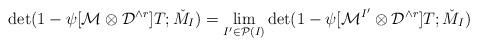
LaTeX: \begin{align*}\det(1-\psi[{\cal M}\otimes{\cal D}^{\wedge r}] T;\check{M}_I)=\lim_{I'\in{\cal P}(I)}\det(1-\psi[{\cal M}^{I'}\otimes{\cal D}^{\wedge r}] T;\check{M}_I)\end{align*}